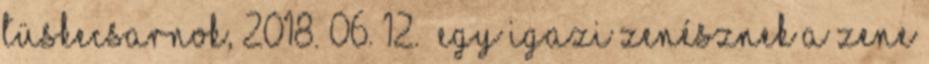
Tüskecsarnok, 2018. 06. 12. „Egy igazi zenésznek a zene